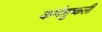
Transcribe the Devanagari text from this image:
कर्णशुष्कली